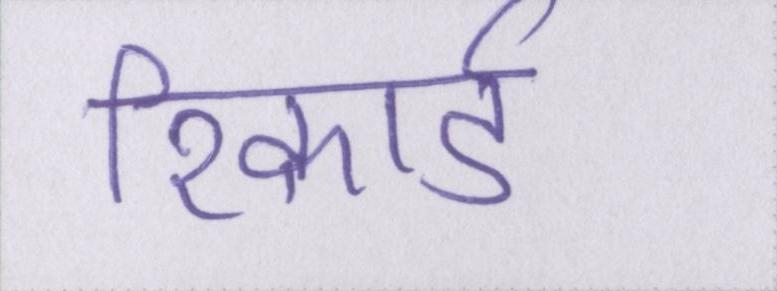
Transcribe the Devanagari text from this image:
रिकार्ड